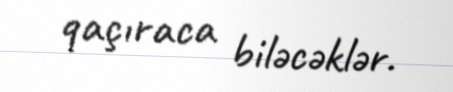
qaçıraca biləcəklər.